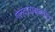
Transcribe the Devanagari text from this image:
गोलंदाजाबाबतीत